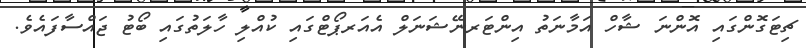
ޗިޓަގޮންގައި އޮންނަ ޝާހް އަމާނަތު އިންޓަރނޭޝަނަލް އެއަރޕޯޓްގައި ކުއްލި ހާލަތުގައި ބޯޓު ޖައްސާފައެވެ.